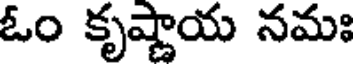
ఓం కృష్ణాయ నమః